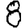
Digit: 8